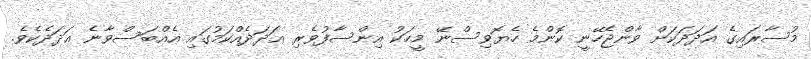
މުސާރައިގެ އަދަދަކަށް ވާންޖެހޭނީ ކޮންމެ ހެޔޮވިސްނޭ މީހަކު އިންސާފުވެރި ޢަދަދެއްކަމުގައި އެއްބަސްވާނެ ޢަދަދެކެވެ.